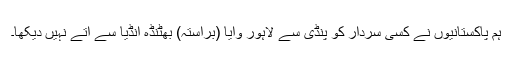
ہم پاکستانیوں نے کسی سردار کو پنڈی سے لاہور وایا (براستہ) بھٹنڈہ انڈیا سے آتے نہیں دیکھا۔